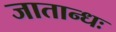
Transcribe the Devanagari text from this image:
जातान्धः